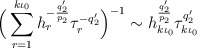
\begin{align*}\Big(\sum_{r=1}^{k \iota_0 } h_r^{-\frac{q_2'}{p_2}} \tau_r^{-q_2'}\Big)^{-1} \sim h_{k\iota_0 }^{\frac{q_2'}{p_2}} \tau_{k\iota_0}^{q_2'}\end{align*}